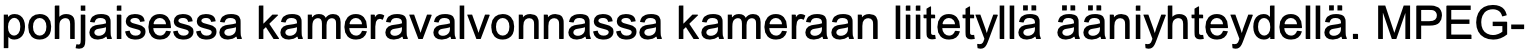
pohjaisessa kameravalvonnassa kameraan liitetyllä ääniyhteydellä. MPEG-